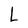
Character: L